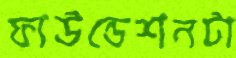
ফাউন্ডেশনটা